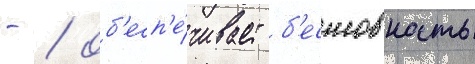
- / об'есп'е́чивает б'есшовность